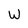
Character: W